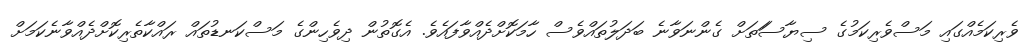
ވެރިކަމެއްގައި މަސްވެެރިކަމުގެ ސިޔާސަަތަށް ގެންނަވާނެ ބަަދަލުތަައްވެސް ހާމަކޮށްދެއްވާފައެވެ. އެގޮތުން ދިވެހިންގެ މަސްކަނޑުތައް ރައްކާތެރިކޮށްދެއްވާނެކަަމަށް